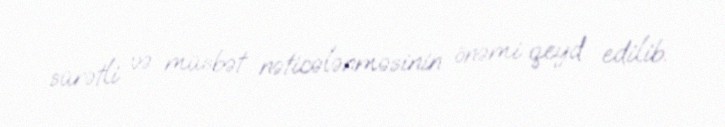
sürətli və müsbət nəticələnməsinin önəmi qeyd edilib.